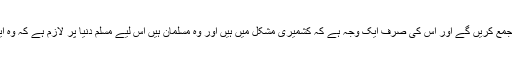
انھوں نے کہا کہ وہ او آئی سی کے اجلاس میں تمام مسلم قیادت کو جمع کریں گے اور اس کی صرف ایک وجہ ہے کہ کشمیری مشکل میں ہیں اور وہ مسلمان ہیں اس لیے مسلم دنیا پر لازم ہے کہ وہ ایک مؤقف اپنائیں ورنہ اس سے بنیاد پرستی میں اضافہ ہو سکتا ہے۔